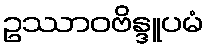
ဥဿာဝဗိန္ဒူပမံ